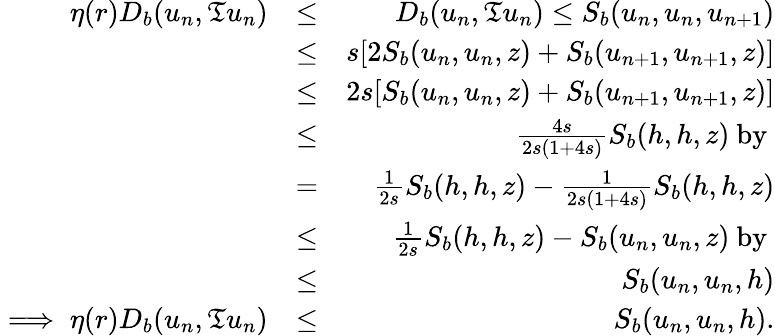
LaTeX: \begin{array}{rlr}{\eta(r)D_{b}(u_{n},\mathfrak{T}u_{n})}&{\leq}&{D_{b}(u_{n},\mathfrak{T}u_{n})\leq S_{b}(u_{n},u_{n},u_{n+1})}\\ &{\leq}&{s[2S_{b}(u_{n},u_{n},z)+S_{b}(u_{n+1},u_{n+1},z)]}\\ &{\leq}&{2s[S_{b}(u_{n},u_{n},z)+S_{b}(u_{n+1},u_{n+1},z)]}\\ &{\leq}&{\frac{4s}{2s(1+4s)}S_{b}(h,h,z)~\mathrm{by~}}\\ &{=}&{\frac{1}{2s}S_{b}(h,h,z)-\frac{1}{2s(1+4s)}S_{b}(h,h,z)}\\ &{\leq}&{\frac{1}{2s}S_{b}(h,h,z)-S_{b}(u_{n},u_{n},z)~\mathrm{by~}}\\ &{\leq}&{S_{b}(u_{n},u_{n},h)}\\ {\implies\eta(r)D_{b}(u_{n},\mathfrak{T}u_{n})}&{\leq}&{S_{b}(u_{n},u_{n},h).}\end{array}